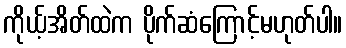
ကိုယ့်အိတ်ထဲက ပိုက်ဆံကြောင့်မဟုတ်ပါ။